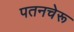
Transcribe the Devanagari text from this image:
पतनचेरू